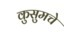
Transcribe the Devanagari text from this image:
कुसुमचे